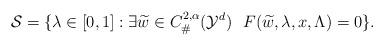
LaTeX: \begin{align*}\mathcal{S}= \{\lambda\in [0,1 ] : \exists \widetilde{w}\in C^{2,\alpha}_\# (\mathcal{Y}^d ) \ \ F (\widetilde{w}, \lambda, x, \Lambda )=0 \}.\end{align*}